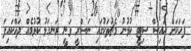
ފަހަކަށް އައިސް ސިޓީ ކުޅުނު މެޗުތަކުގައި ނަސްރީ ވަނީ ރަނގަޅު ކުޅުމެއް ދައްކައިފަ